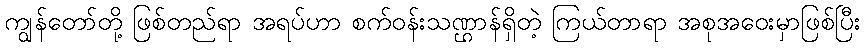
ကျွန်တော်တို့ ဖြစ်တည်ရာ အရပ်ဟာ စက်ဝန်းသဏ္ဌာန်ရှိတဲ့ ကြယ်တာရာ အစုအဝေးမှာဖြစ်ပြီး